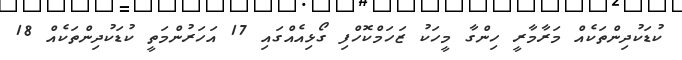
ކުޑަކުދިންތަކެއް މަރާމާރީ ހިންގާ މީހަކު ޒަހަމްކޮހްފި ގޯޅިއެއްގައި 17 އަހަރުންމަތީ ކުޑަކުދިންތަކެއް 18